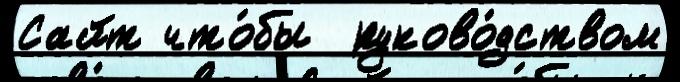
Сайт что́бы  руково́дством